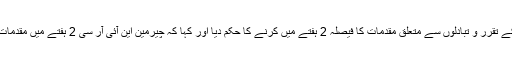
عدالت نے این آئی آر سی کو سی ڈی اے افسران کے تقرر و تبادلوں سے متعلق مقدمات کا فیصلہ 2 ہفتے میں کرنے کا حکم دیا اور کہا کہ چیرمین این آئی آر سی 2 ہفتے میں مقدمات نمٹا کر رپورٹ سپریم کورٹ میں جمع کروائیں۔